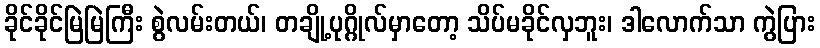
ခိုင်ခိုင်မြဲမြဲကြီး စွဲလမ်းတယ်၊ တချို့ပုဂ္ဂိုလ်မှာတော့ သိပ်မခိုင်လှဘူး၊ ဒါလောက်သာ ကွဲပြား